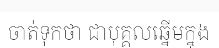
ចាត់ទុកថា ជាបុគ្គលឆ្នើមក្នុង